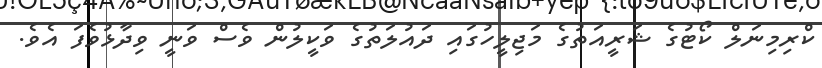
ކްރިމިނަލް ކޯޓުގެ ޝަރީއަތުގެ މަޖިލީހުގައި ދައުލަތުގެ ވަކީލުން ވެސް ވަނީ ވިދާޅުވެފަ އެވެ.